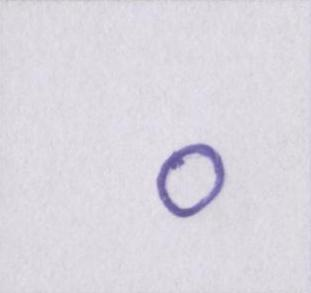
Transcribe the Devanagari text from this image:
०